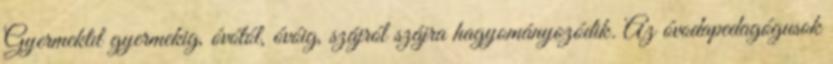
Gyermektıl gyermekig, óvótól, óvóig, szájról szájra hagyományozódik. Az óvodapedagógusok